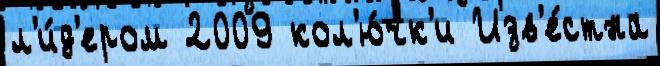
л'и́д'ером 2009 кол'ю́чк'и Изв'е́стна